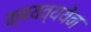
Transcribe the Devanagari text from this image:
क्षयव्ययेन